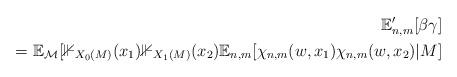
LaTeX: \begin{align*}\mathbb{E}_{n,m}'[\beta \gamma]\\= \mathbb{E}_{\mathcal{M}} [\mathbb{1}_{X_0(M)}(x_1) \mathbb{1}_{X_1(M)}(x_2) \mathbb{E}_{n,m}[\chi_{n,m}(w,x_1) \chi_{n,m} (w, x_2) | M ]\end{align*}